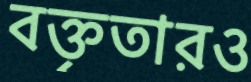
বক্তৃতারও